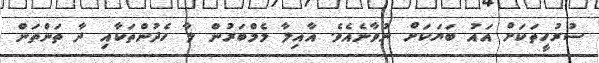
ސުރުހީތަކަށް އައު ބަޔަކަށް ނުވާނެއެވެ. އާއިލާ މެމްބަރުން ލާ ހެދުންތަކާއި ދާ ތަންތަން